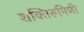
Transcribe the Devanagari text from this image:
शक्तिरूपिणी